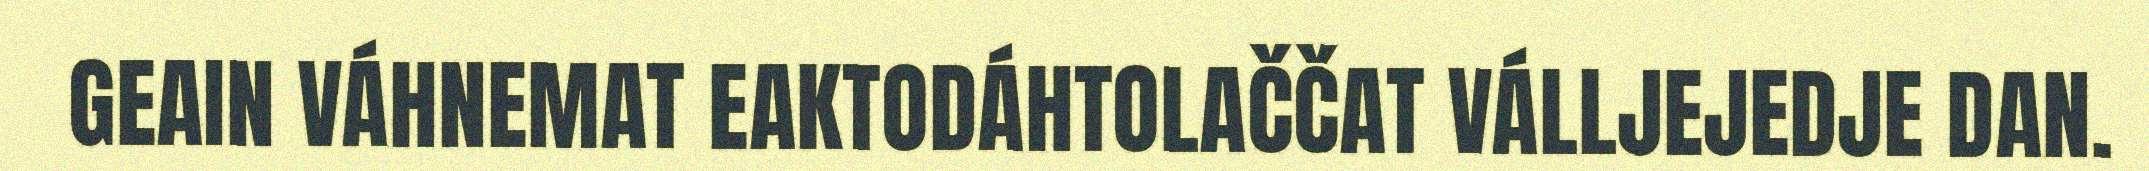
GEAIN VÁHNEMAT EAKTODÁHTOLAČČAT VÁLLJEJEDJE DAN.